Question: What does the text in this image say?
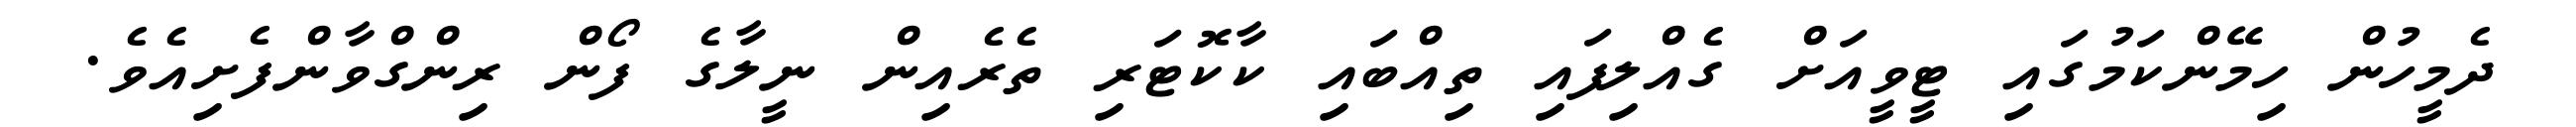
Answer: ދެމީހުން ހިމޭންކަމުގައި ޓީވީއަށް ގެއްލިފައި ތިއްބައި ކާކޮޓަރި ތެރެއިން ނީލާގެ ފޯން ރިންގްވާންފެށިއެވެ.